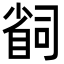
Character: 𫵆